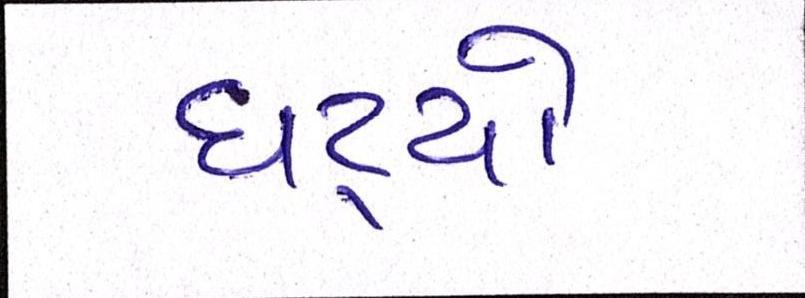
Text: ઘટ્યો